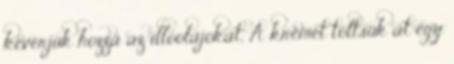
keverjük hozzá az illóolajokat. A krémet töltsük át egy